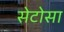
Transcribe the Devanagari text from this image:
सेटोसा